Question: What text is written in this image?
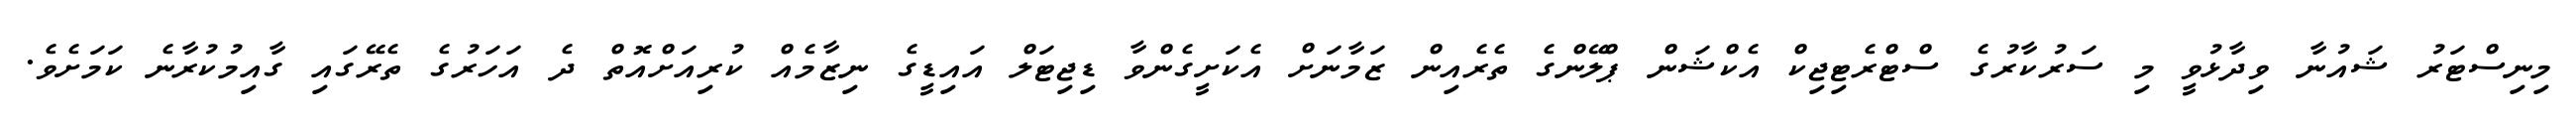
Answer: މިނިސްޓަރު ޝައުނާ ވިދާޅުވީ މި ސަރުކާރުގެ ސްޓްރެޓިޖިކް އެކްޝަން ޕްލޭންގެ ތެރެއިން ޒަމާނަށް އެކަށީގެންވާ ޑިޖިޓަލް އައިޑީގެ ނިޒާމެއް ކުރިއަށްއޮތް ދެ އަހަރުގެ ތެރޭގައި ގާއިމުކުރާނެ ކަމަށެވެ.